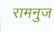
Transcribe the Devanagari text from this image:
रामनुज